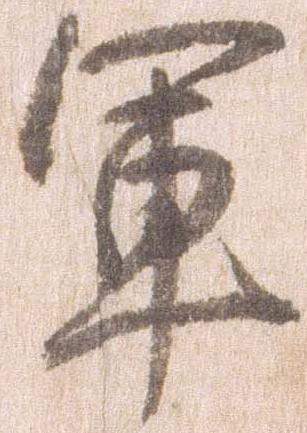
軍